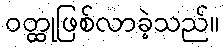
ဝတ္ထုဖြစ်လာခဲ့သည်။